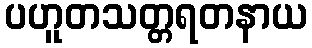
ပဟူတသတ္တရတနာယ